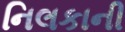
નિલકાની